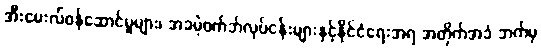
အီးမေးလ်ဝန်ဆောင်မှုများ၊ အခမဲ့ဝက်ဘ်လုပ်ငန်းများနှင့်နိုင်ငံရေးအရ အတိုက်အခံ ဘက်မှ